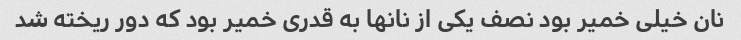
نان خیلی خمیر بود نصف یکی از نانها به قدری خمیر بود که دور ریخته شد